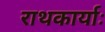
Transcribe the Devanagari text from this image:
राथकार्याः